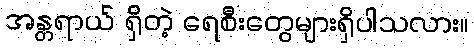
အန္တရာယ် ရှိတဲ့ ရေစီးတွေများရှိပါသလား။